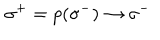
LaTeX: \: \sigma ^ { + } = p ( \sigma ^ { - } ) \rightarrow \sigma ^ { - } \: